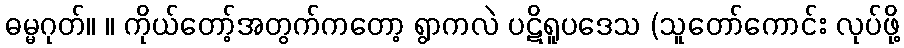
ဓမ္မဂုတ်။ ။ ကိုယ်တော့်အတွက်ကတော့ ရွာကလဲ ပဋိရူပဒေသ (သူတော်ကောင်း လုပ်ဖို့